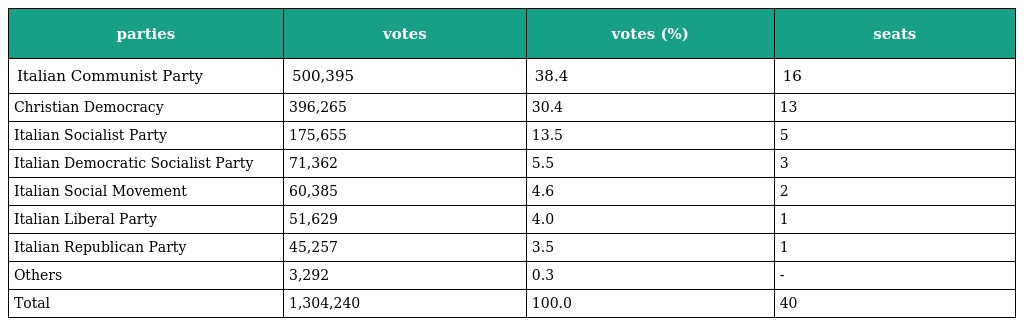
| parties | votes | votes (%) | seats |
 | --- | --- | --- | --- |
 | Italian Communist Party | 500,395 | 38.4 | 16 |
 | Christian Democracy | 396,265 | 30.4 | 13 |
 | Italian Socialist Party | 175,655 | 13.5 | 5 |
 | Italian Democratic Socialist Party | 71,362 | 5.5 | 3 |
 | Italian Social Movement | 60,385 | 4.6 | 2 |
 | Italian Liberal Party | 51,629 | 4.0 | 1 |
 | Italian Republican Party | 45,257 | 3.5 | 1 |
 | Others | 3,292 | 0.3 | - |
 | Total | 1,304,240 | 100.0 | 40 |